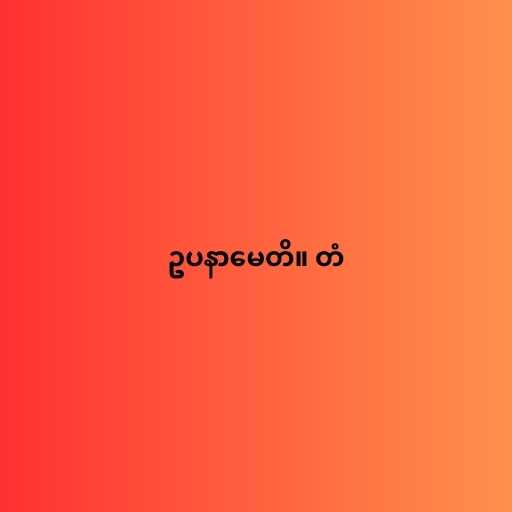
ဥပနာမေတိ။ တံ